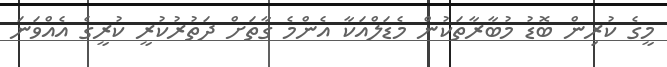
މީގެ ކުރިން ބޮޑު މުބާރާތަކުން މެޑަލްއަކާ އެންމެ ގާތަށް ދަތުރުކުރީ ކުރީގެ އެއްވަނަ